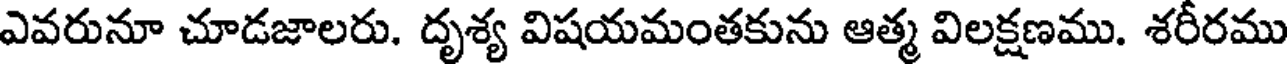
ఎవరునూ చూడజాలరు. దృశ్య విషయమంతకును ఆత్మ విలక్షణము. శరీరము